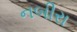
નબીરા